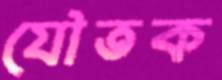
যৌতক